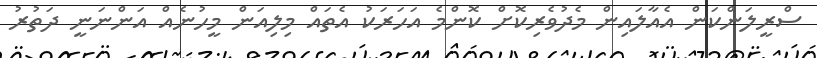
ސްރީލަންކަން އެއާލައިން މެދުވެރިކޮށް ކޮންމެ އަހަރަކު އެތައް މިލިއަން މީހުނެއް އަންނަނީ ދަތުރު